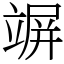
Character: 竮